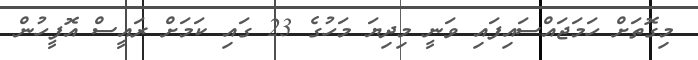
މިގޮތަށް ހަމަޖައްސައިފައި ވަނީ މިދިޔަ މަހުގެ 23 ގައި ކަމަށް ރައީސް އޮފީހުން